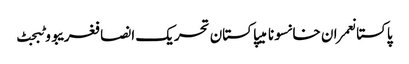
پاکستانعمران خانسونامیپاکستان تحریک انصافغریبووٹبجٹ